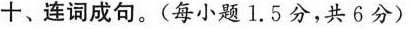
十、连词成句.(每小题1.5分,共6分)